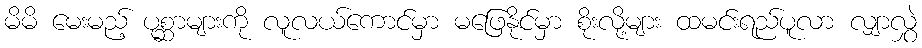
မိမိ မေးမည့် ပုစ္ဆာများကို လူလယ်ကောင်မှာ မဖြေနိုင်မှာ စိုးလို့များ ထမင်းရည်ပူလာ လျှာလွှဲ